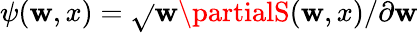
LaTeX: \psi(\mathbf{w},x)=\sqrt{}{{\mathbf{w}}}\partialS(\mathbf{w},x)/\partial\mathbf{w}